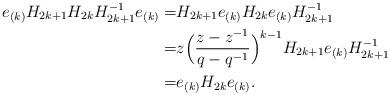
LaTeX: \begin{align*}e_{(k)}H_{2k+1}H_{2k}H_{2k+1}^{-1}e_{(k)}=&H_{2k+1}e_{(k)}H_{2k}e_{(k)}H_{2k+1}^{-1}\\=&z\Big(\frac{z-z^{-1}}{q-q^{-1}}\Big)^{k-1}H_{2k+1}e_{(k)}H_{2k+1}^{-1}\\=&e_{(k)}H_{2k}e_{(k)}.\end{align*}